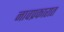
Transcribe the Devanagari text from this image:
नावप्रकारात